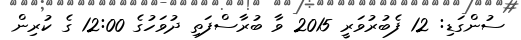
ސުންގަޑި: 12 ފެބުރުވަރީ 2015 ވާ ބުރާސްފަތި ދުވަހުގެ 12:00 ގެ ކުރިން